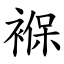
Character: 褓